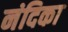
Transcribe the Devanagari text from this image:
नंदिका